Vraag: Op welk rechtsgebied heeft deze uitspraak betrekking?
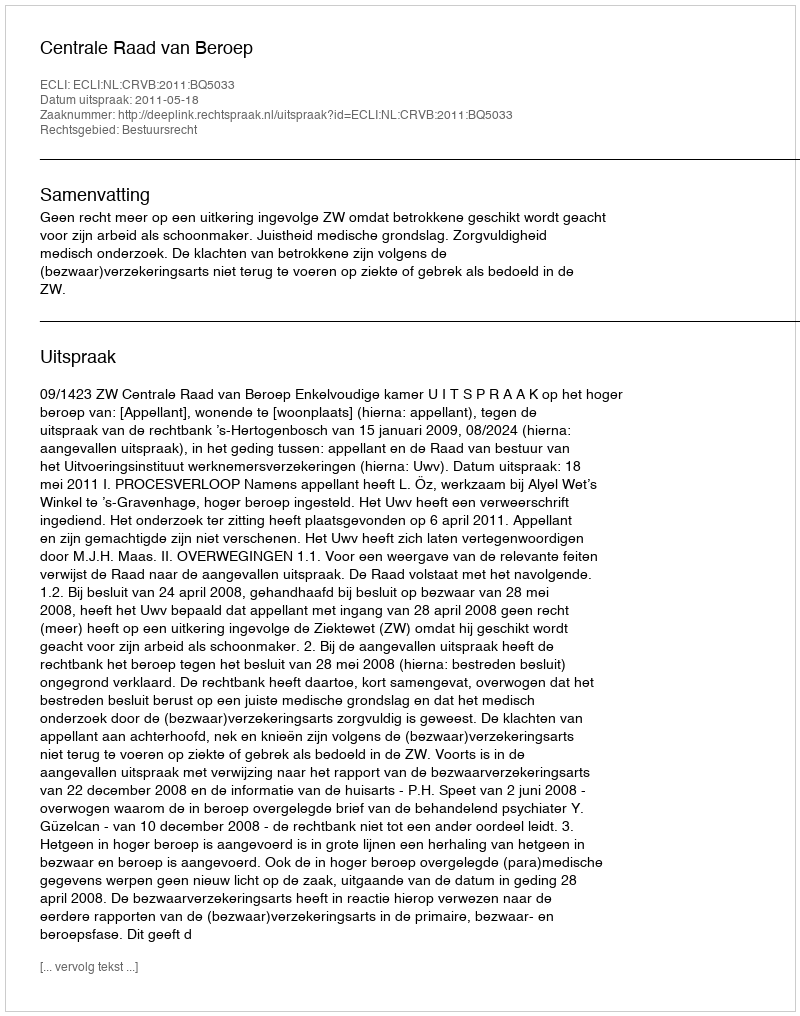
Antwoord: Bestuursrecht